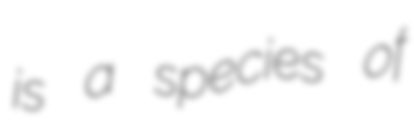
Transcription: is a species of